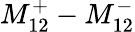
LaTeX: M_{12}^{+}-M_{12}^{-}